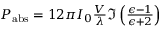
\begin{array} { r } { P _ { \mathrm { a b s } } = 1 2 \pi I _ { 0 } \frac { V } { \lambda } \mathfrak { I } \left( \frac { \epsilon - 1 } { \epsilon + 2 } \right) } \end{array}